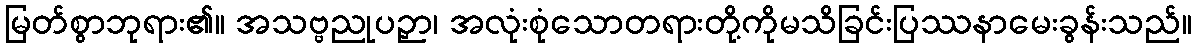
မြတ်စွာဘုရား၏။ အသဗ္ဗညုပဉှာ၊ အလုံးစုံသောတရားတို့ကိုမသိခြင်းပြဿနာမေးခွန်းသည်။